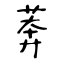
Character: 莾